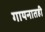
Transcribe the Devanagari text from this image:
गायनातही